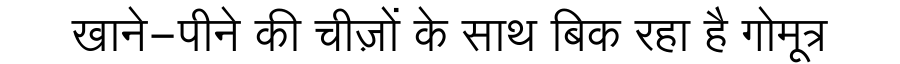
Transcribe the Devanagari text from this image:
खाने-पीने की चीज़ों के साथ बिक रहा है गोमूत्र